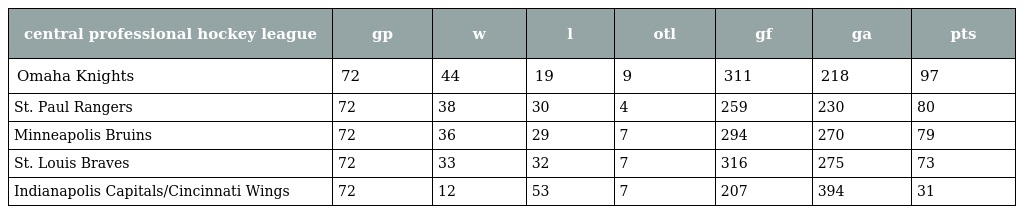
| central professional hockey league | gp | w | l | otl | gf | ga | pts |
 | --- | --- | --- | --- | --- | --- | --- | --- |
 | Omaha Knights | 72 | 44 | 19 | 9 | 311 | 218 | 97 |
 | St. Paul Rangers | 72 | 38 | 30 | 4 | 259 | 230 | 80 |
 | Minneapolis Bruins | 72 | 36 | 29 | 7 | 294 | 270 | 79 |
 | St. Louis Braves | 72 | 33 | 32 | 7 | 316 | 275 | 73 |
 | Indianapolis Capitals/Cincinnati Wings | 72 | 12 | 53 | 7 | 207 | 394 | 31 |